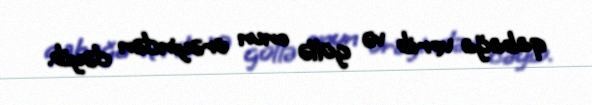
qabağa verib və güllə onun ürəyindən dəyib.